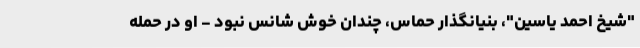
"شیخ احمد یاسین"، بنیانگذار حماس، چندان خوش شانس نبود - او در حمله